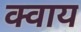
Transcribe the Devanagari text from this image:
क्वाय